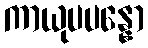
ကာယုပပန္နော